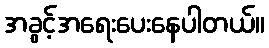
အခွင့်အရေးပေးနေပါတယ်။